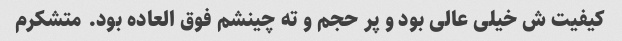
کیفیت ش خیلی عالی بود و پر حجم و ته چینشم فوق العاده بود. متشکرم